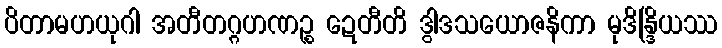
ပိတာမဟယုဂါ အတီတဂ္ဂဟဏဉ္စ ဍေတီတိ ဒွါဒသယောဇနိကာ မုဒိန္ဒြိယဿ